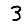
Digit: 3